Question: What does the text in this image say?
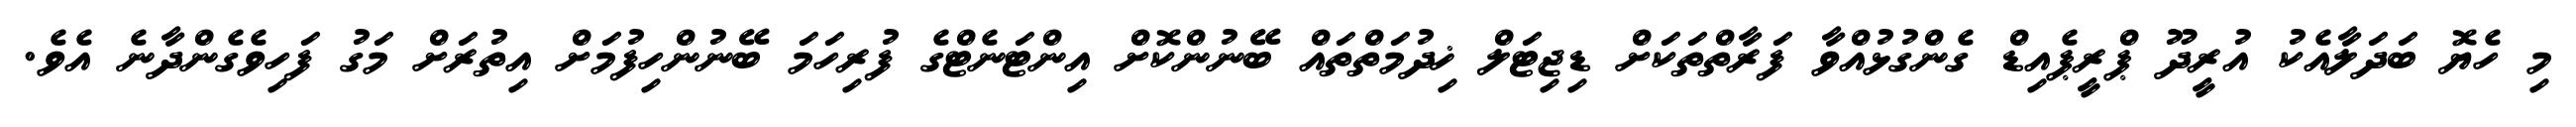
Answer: މި ހެޔޮ ބަދަލާއެކު އުރީދޫ ޕްރީޕެއިޑް ގެންގުޅުއްވާ ފަރާތްތަކަށް ޑިޖިޓަލް ޚިދުމަތްތައް ބޭނުންކޮށް އިންޓަނެޓްގެ ފުރިހަމަ ބޭނުންހިފުމަށް އިތުރަށް މަގު ފަހިވެގެންދާނެ އެވެ.